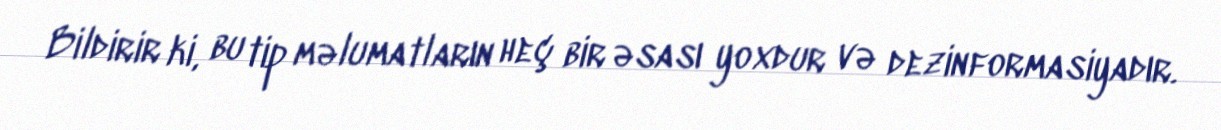
Bildirir ki, bu tip məlumatların heç bir əsası yoxdur və dezinformasiyadır.